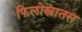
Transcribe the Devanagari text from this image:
फिलोस्त्रातस